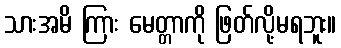
သားအမိ ကြား မေတ္တာကို ဖြတ်လို့မရဘူး။